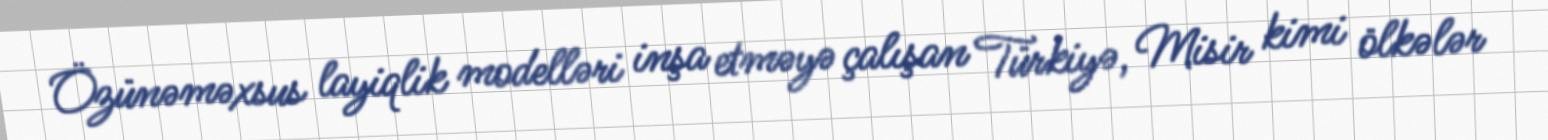
Özünəməxsus layiqlik modelləri inşa etməyə çalışan Türkiyə, Misir kimi ölkələr